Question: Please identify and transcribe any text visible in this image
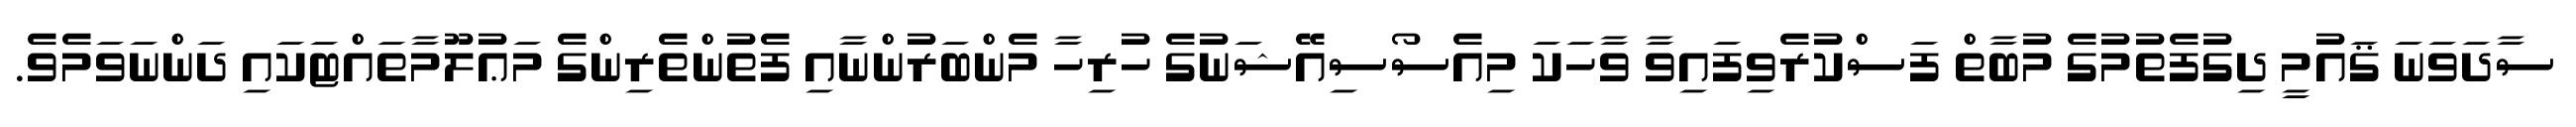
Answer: ސާދަވަނަ ޤައުމީ ދިގުފެތުމުގެ މުބާތް ފަސްކުރެވިފައިވާ ވާހަކަ މިއެސޯސިއޭޝަނުގެ ހުރިހާ މެންބަރުންނާއި ފެތުންތެރިންގެ މަޢުލޫމާތައްޓަކައި ދަންނަވަމެވެ.